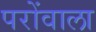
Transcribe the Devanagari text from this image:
परोंवाला